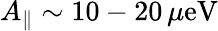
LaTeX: A_{\parallel}\sim 10-20\, \mu\mathrm{eV}